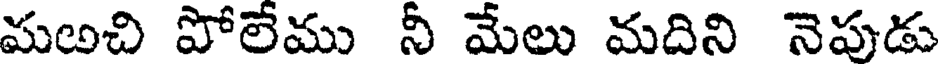
మఱచి పోలేము నీ మేలు మదిని నెపుడు